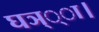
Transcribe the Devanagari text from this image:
घञ््‌ा।